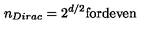
n _ { D i r a c } = 2 ^ { d / 2 } \mathrm { f o r d e v e n }